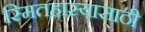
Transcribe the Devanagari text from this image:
स्मितहास्यासाठी